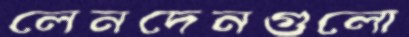
লেনদেনগুলো